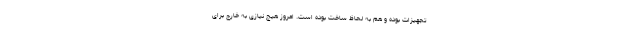
تجهیزات بوده و هم به لحاظ ساخت بوده است. امروز هیچ نیازی به خارج برای